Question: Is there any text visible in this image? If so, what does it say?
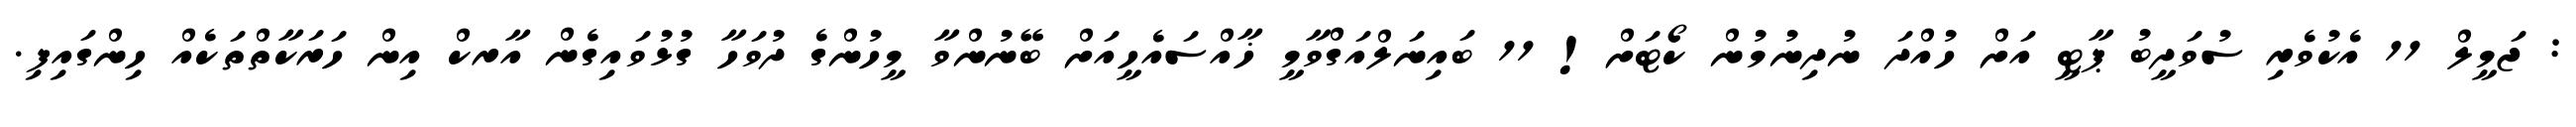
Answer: : ޖަމީލް 11 އެކުވެރި ސުވަދީބު ޕާޓީ އަށް ހުއްދަ ނުދިނުމުން ކޯޓަށް! 11 ބައިނަލްއަގްވާމީ ޚާއްސައެހީއަށް ބޭނުންވާ މީހުންގެ ދުވަހާ ގުޅުވައިގެން އާރކް އިން ހަރަކާތްތަކެއް ހިންގައިފި.